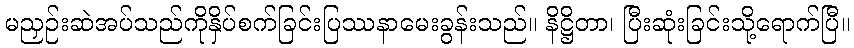
မညှဉ်းဆဲအပ်သည်ကိုနှိပ်စက်ခြင်းပြဿနာမေးခွန်းသည်။ နိဋ္ဌိတာ၊ ပြီးဆုံးခြင်းသို့ရောက်ပြီ။